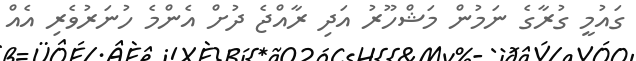
ގައުމީ ގުރާގެ ނަމުން މަޝްހޫރު އަދި ރާއްޖެ ދުށް އެންމެ ހުނަރުވެރި އެއް